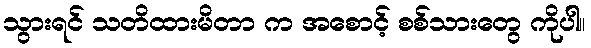
သွားရင် သတိထားမိတာ က အစောင့် စစ်သားတွေ ကိုပါ။